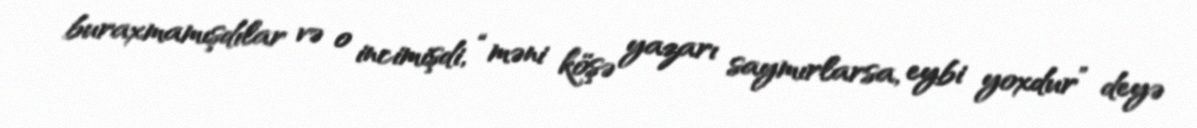
buraxmamışdılar və o incimişdi, “məni köşə yazarı saymırlarsa, eybi yoxdur” deyə